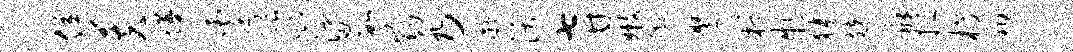
位芙墁遽限则娑数窈乃凝沃七甘嫩脚鹰桴特狭兢酥挹槁翔